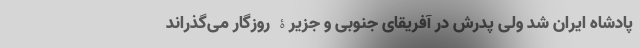
پادشاه ایران شد ولی پدرش در آفریقای جنوبی و جزیرۀ روزگار می‌گذراند